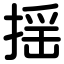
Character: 揺